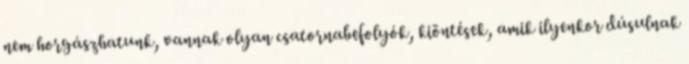
nem horgászhatunk, vannak olyan csatornabefolyók, kiöntések, amik ilyenkor dúsulnak